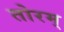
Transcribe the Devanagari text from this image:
तोरम्